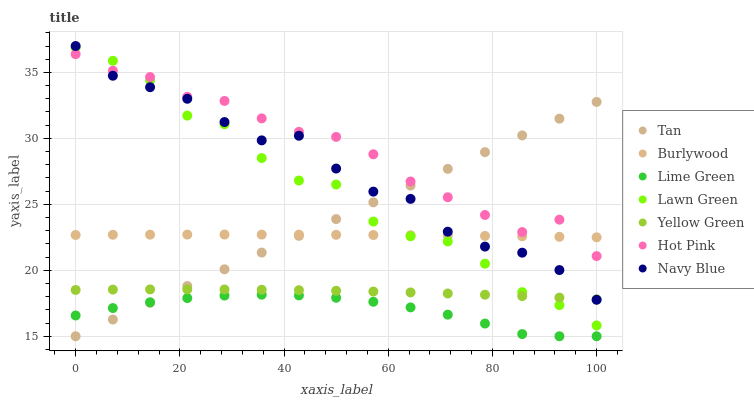
| xaxis_label | Tan | Burlywood | Lime Green | Lawn Green | Yellow Green | Hot Pink | Navy Blue |
 | --- | --- | --- | --- | --- | --- | --- | --- |
 | 0 | 15 | 22.7 | 16.6 | 36.9 | 18.5 | 36.4 | 37 |
 | 7.14 | 16.3 | 22.7 | 17.1 | 35.9 | 18.5 | 35.1 | 34.7 |
 | 14.3 | 17.5 | 22.7 | 17.6 | 34.4 | 18.6 | 34.6 | 33.9 |
 | 21.4 | 18.8 | 22.7 | 17.9 | 31.7 | 18.6 | 33.1 | 33 |
 | 28.6 | 20.1 | 22.7 | 18.1 | 31.1 | 18.5 | 32.8 | 31.2 |
 | 35.7 | 21.3 | 22.7 | 18.2 | 28.5 | 18.5 | 31.5 | 29.8 |
 | 42.9 | 22.6 | 22.7 | 18.1 | 26.8 | 18.5 | 30.5 | 30.2 |
 | 50 | 23.9 | 22.7 | 17.9 | 26.5 | 18.4 | 30.1 | 27.7 |
 | 57.1 | 25.1 | 22.7 | 17.6 | 23.7 | 18.4 | 28.8 | 26 |
 | 64.3 | 26.4 | 22.7 | 17.2 | 22.6 | 18.3 | 26.7 | 25.4 |
 | 71.4 | 27.7 | 22.6 | 16.6 | 22.2 | 18.2 | 25.5 | 22.9 |
 | 78.6 | 29 | 22.6 | 16 | 20.5 | 18.1 | 24.2 | 21.8 |
 | 85.7 | 30.2 | 22.6 | 15.2 | 18.3 | 18 | 22.9 | 21.3 |
 | 92.9 | 31.5 | 22.5 | 15 | 17.4 | 17.9 | 23.8 | 20 |
 | 100 | 32.8 | 22.5 | 15 | 15.8 | 17.8 | 21.1 | 17.8 |